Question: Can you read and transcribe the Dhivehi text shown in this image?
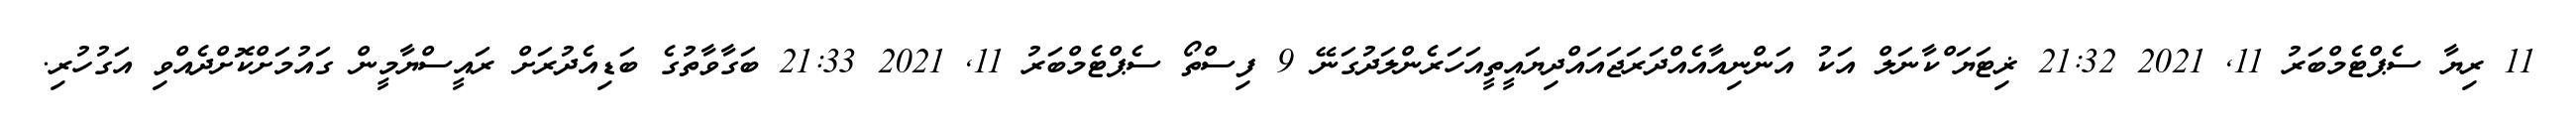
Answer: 11 ރިޔާ ސެޕްޓެމްބަރު 11, 2021 21:32 ޜިޓަޔަޱްކާނަލް އަކު އަންނިއާއެއްދަރަޖައައްދިޔައީތީއަހަރެންލަދުގަނޭ 9 ފިސްތޯ ސެޕްޓެމްބަރު 11, 2021 21:33 ބަގާވާތުގެ ބަޑިއެދުރަށް ރައީސްޔާމީން ގައުމަށްކޮށްދެއްވި އަގުހުރި.